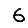
Digit: 6